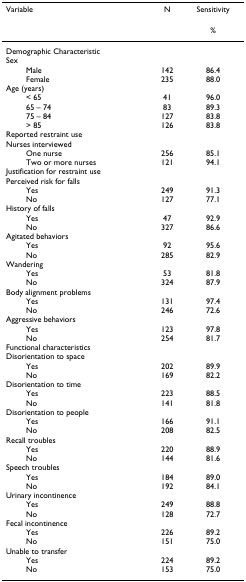
| Variable | N | Sensitivity |
 | --- | --- | --- |
 |  |  | % |
 | Demographic Characteristic |  |  |
 | Sex |  |  |
 | Male | 142 | 86.4 |
 | Female | 235 | 88.0 |
 | Age (years) |  |  |
 | < 65 | 41 | 96.0 |
 | 65 – 74 | 83 | 89.3 |
 | 75 – 84 | 127 | 83.8 |
 | > 85 | 126 | 83.8 |
 | Reported restraint use |  |  |
 | Nurses interviewed |  |  |
 | One nurse | 256 | 85.1 |
 | Two or more nurses | 121 | 94.1 |
 | Justification for restraint use |  |  |
 | Perceived risk for falls |  |  |
 | Yes | 249 | 91.3 |
 | No | 127 | 77.1 |
 | History of falls |  |  |
 | Yes | 47 | 92.9 |
 | No | 327 | 86.6 |
 | Agitated behaviors |  |  |
 | Yes | 92 | 95.6 |
 | No | 285 | 82.9 |
 | Wandering |  |  |
 | Yes | 53 | 81.8 |
 | No | 324 | 87.9 |
 | Body alignment problems |  |  |
 | Yes | 131 | 97.4 |
 | No | 246 | 72.6 |
 | Aggressive behaviors |  |  |
 | Yes | 123 | 97.8 |
 | No | 254 | 81.7 |
 | Functional characteristics |  |  |
 | Disorientation to space |  |  |
 | Yes | 202 | 89.9 |
 | No | 169 | 82.2 |
 | Disorientation to time |  |  |
 | Yes | 223 | 88.5 |
 | No | 141 | 81.8 |
 | Disorientation to people |  |  |
 | Yes | 166 | 91.1 |
 | No | 208 | 82.5 |
 | Recall troubles |  |  |
 | Yes | 220 | 88.9 |
 | No | 144 | 81.6 |
 | Speech troubles |  |  |
 | Yes | 184 | 89.0 |
 | No | 192 | 84.1 |
 | Urinary incontinence |  |  |
 | Yes | 249 | 88.8 |
 | No | 128 | 72.7 |
 | Fecal incontinence |  |  |
 | Yes | 226 | 89.2 |
 | No | 151 | 75.0 |
 | Unable to transfer |  |  |
 | Yes | 224 | 89.2 |
 | No | 153 | 75.0 |